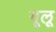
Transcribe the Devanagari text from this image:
गूलू